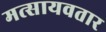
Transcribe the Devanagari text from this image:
मत्सायवतार